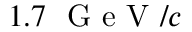
1 . 7 ~ \mathrm { ~ G ~ e ~ V ~ } / c